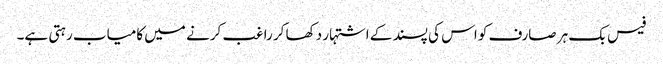
فیس بک ہر صارف کو اس کی پسند کے اشتہار دکھا کر راغب کرنے میں کامیاب رہتی ہے۔